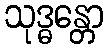
သုဒ္ဓန္တော